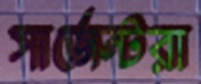
সার্জেন্টরা